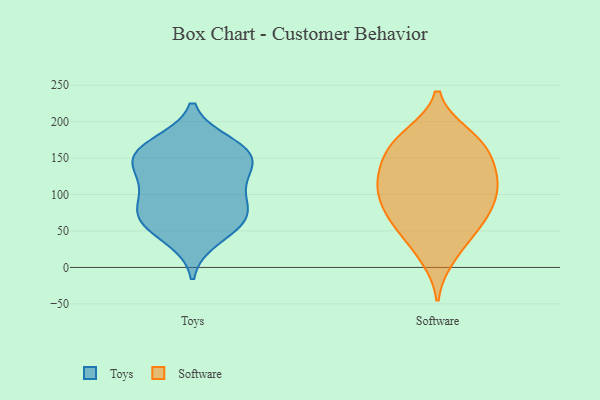
{"axis": {"x": "Energy Usage (MWh)", "y": "Value"}, "legend": ["Software", "Toys"], "data": [{"x": "", "y": 149, "type": "Toys"}, {"x": "", "y": 72, "type": "Toys"}, {"x": "", "y": 65, "type": "Toys"}, {"x": "", "y": 169, "type": "Toys"}, {"x": "", "y": 72, "type": "Toys"}, {"x": "", "y": 112, "type": "Toys"}, {"x": "", "y": 153, "type": "Toys"}, {"x": "", "y": 157, "type": "Toys"}, {"x": "", "y": 67, "type": "Toys"}, {"x": "", "y": 102, "type": "Toys"}, {"x": "", "y": 157, "type": "Toys"}, {"x": "", "y": 40, "type": "Toys"}, {"x": "", "y": 126, "type": "Toys"}, {"x": "", "y": 72, "type": "Software"}, {"x": "", "y": 117, "type": "Software"}, {"x": "", "y": 160, "type": "Software"}, {"x": "", "y": 128, "type": "Software"}, {"x": "", "y": 97, "type": "Software"}, {"x": "", "y": 92, "type": "Software"}, {"x": "", "y": 59, "type": "Software"}, {"x": "", "y": 102, "type": "Software"}, {"x": "", "y": 155, "type": "Software"}, {"x": "", "y": 178, "type": "Software"}, {"x": "", "y": 14, "type": "Software"}, {"x": "", "y": 182, "type": "Software"}, {"x": "", "y": 29, "type": "Software"}, {"x": "", "y": 150, "type": "Software"}, {"x": "", "y": 119, "type": "Software"}, {"x": "", "y": 177, "type": "Software"}, {"x": "", "y": 66, "type": "Software"}, {"x": "", "y": 61, "type": "Software"}, {"x": "", "y": 122, "type": "Software"}]}